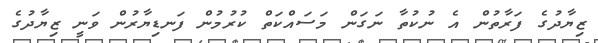
ޒިޔާދުގެ ފަރާތުން އެ ނުކުތާ ނަގަން މަސައްކަތް ކުރުމުން ފަނޑިޔާރުން ވަނީ ޒިޔާދުގެ